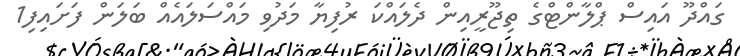
ގައްދޫ އައިސް ޕްލާންޓްގެ ތިޖޫރީއިން ދެލައްކަ ރުފިޔާ މަދުވި މައްސަލައެއް ބަލަން ފަށައިފި1